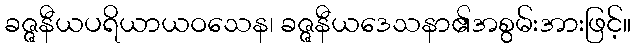
ခဇ္ဇနီယပရိယာယဝသေန၊ ခဇ္ဇနီယဒေသနာ၏အစွမ်းအားဖြင့်။